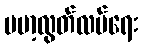
ဗမာ့လွတ်လပ်ရေး